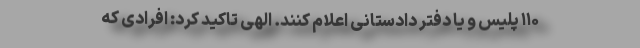
۱۱۰ پلیس و یا دفتر دادستانی اعلام کنند. الهی تاکید کرد: افرادی که